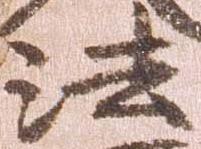
法